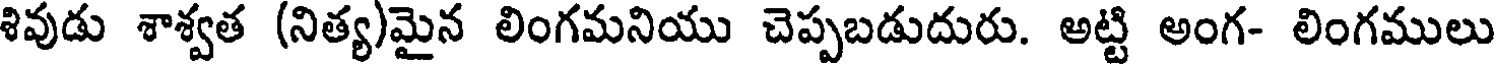
శివుడు శాశ్వత (నిత్య)మైన లింగమనియు చెప్పబడుదురు. అట్టి అంగ- లింగములు